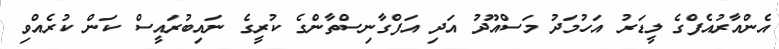
އެންއާރުއެފްގެ ލީޑަރު އަހުމަދު މަސްއޫދު އަދި އަފްގާނިސްތާންގެ ކުރީގެ ނައިބުރައީސް ކަން ކުރެއްވި